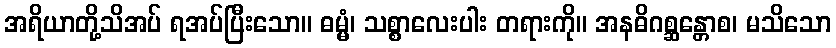
အရိယာတို့သိအပ် ရအပ်ပြီးသော။ ဓမ္မံ၊ သစ္စာလေးပါး တရားကို။ အနဓိဂစ္ဆန္တောစ၊ မသိသော